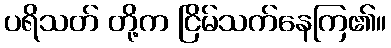
ပရိသတ် တို့က ငြိမ်သက်နေကြ၏။